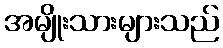
အမျိုးသားများသည်